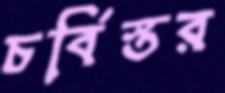
চর্বিস্তর